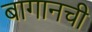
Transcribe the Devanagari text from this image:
बागानची